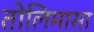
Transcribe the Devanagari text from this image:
तोलिमासा